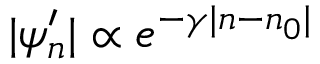
| \psi _ { n } ^ { \prime } | \propto e ^ { - \gamma | n - n _ { 0 } | }